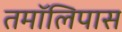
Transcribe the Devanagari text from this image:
तमॉलिपास